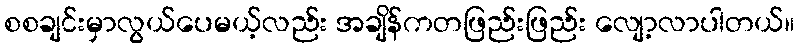
စစချင်းမှာလွယ်ပေမယ့်လည်း အချိန်ကတဖြည်းဖြည်း လျော့လာပါတယ်။